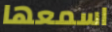
اسمعها